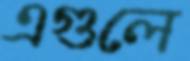
এগুলে